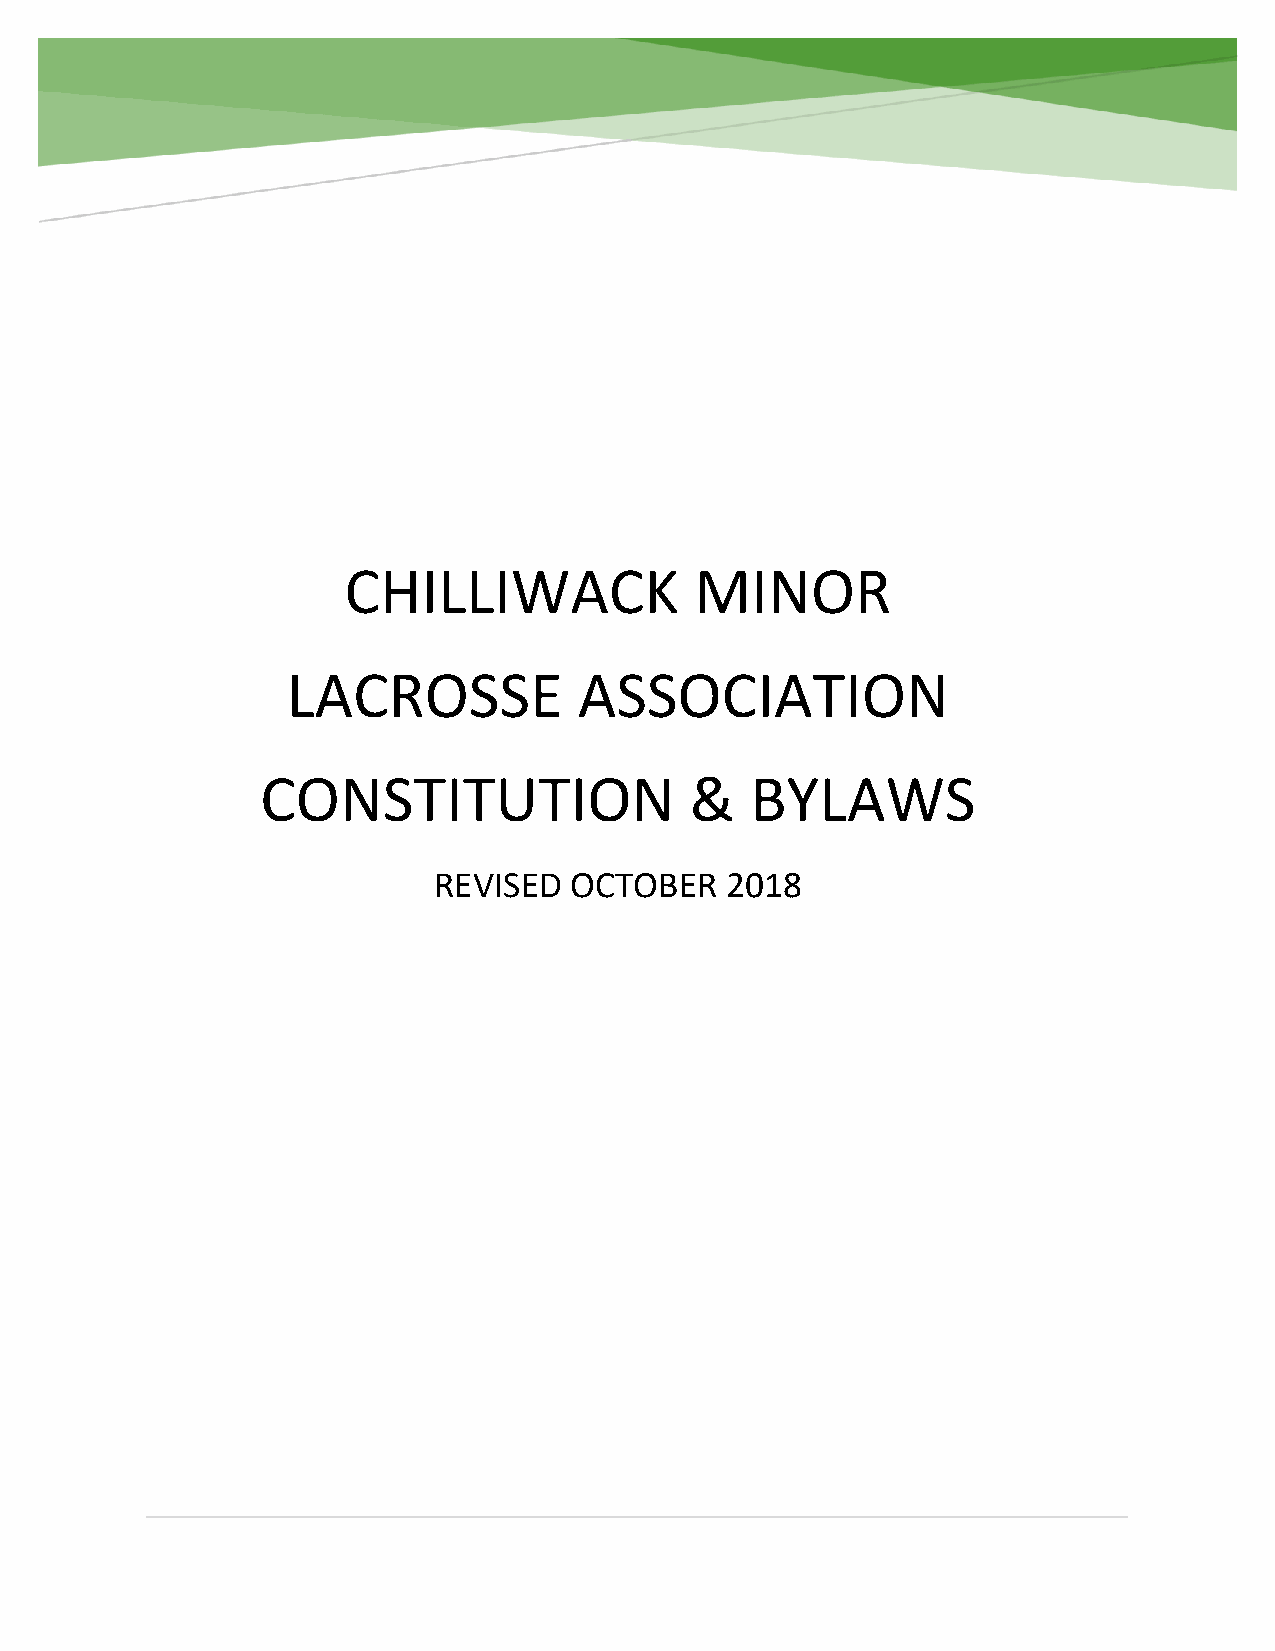
DELTA LACROSSE ASSOCIATION
 Constitution & Bylaws, Society Operating Policy
 CHILLIWACK             MINOR
 LACROSSE           ASSOCIATION
 CONSTITUTION                 &   BYLAWS
 REVISED  OCTOBER   2018